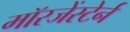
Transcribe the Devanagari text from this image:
मॉरजेंस्टेर्न